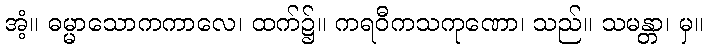
အံ့။ ဓမ္မာသောကကာလေ၊ ထက်၌။ ကရဝီကသကုဏော၊ သည်။ သမန္တာ၊ မှ။